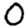
Digit: 0